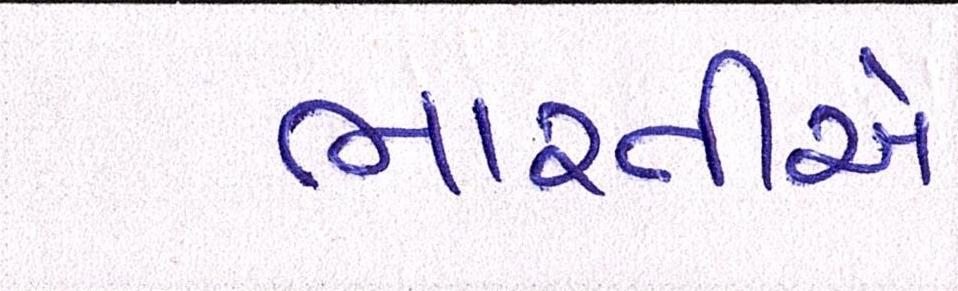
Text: ભારતીએ